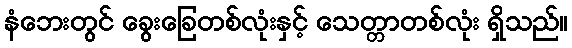
နံဘေးတွင် ခွေးခြေတစ်လုံးနှင့် သေတ္တာတစ်လုံး ရှိသည်။